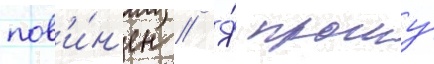
пов'и́н'ен // Я́ прошу́